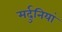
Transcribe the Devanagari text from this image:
मर्दुनियां